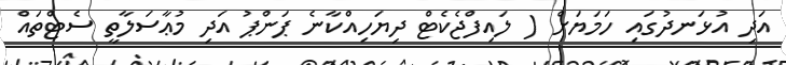
އަދި އުޅަނދުގައި ހަމަޔަށް ( ލައިފްޖެކެޓް ދިޔަހިއްކާނެ ޕަންޕު އަދި މުޢާސަލާތީ ސެޓްތައް